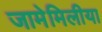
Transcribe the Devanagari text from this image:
जामेमिलीया